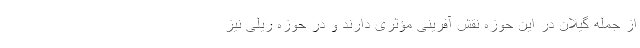
از جمله گیلان در این حوزه نقش آفرینی مؤثری دارند و در حوزه ریلی نیز